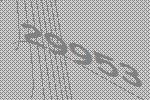
29953